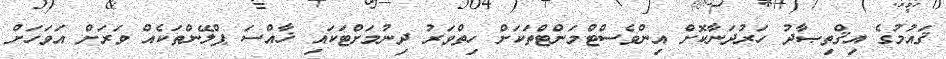
ޤައުމުގެ އިޤްތިޞާދު ހަރުދަނާކޮށް އިންވެސްޓްމަންޓްތަކަށް ހިތްވަރު ދިނުމަށްޓަކައި ޚާއްސަ ޕްލޭންތަކެއް ވަރަށް އަވަހަށް